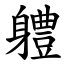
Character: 軆